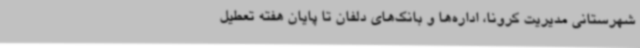
شهرستانی مدیریت کرونا، اداره‌ها و بانک‌های دلفان تا پایان هفته تعطیل